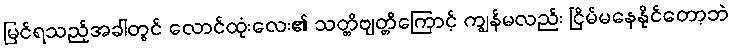
မြင်ရသည့်အခါတွင် လောင်ထုံးလေး၏ သတ္တိဗျတ္တိကြောင့် ကျွန်မလည်း ငြိမ်မနေနိုင်တော့ဘဲ